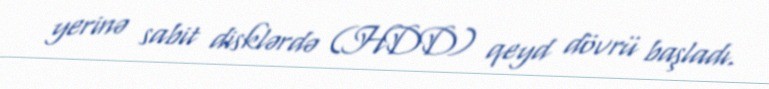
yerinə sabit disklərdə (HDD) qeyd dövrü başladı.